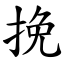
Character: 挽